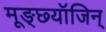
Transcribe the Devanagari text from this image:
मूङ्छ्यॉजिन्